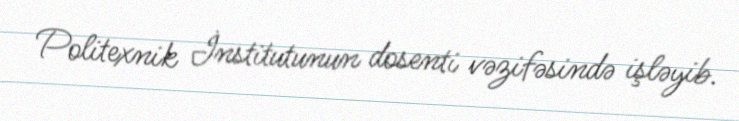
Politexnik İnstitutunun dosenti vəzifəsində işləyib.